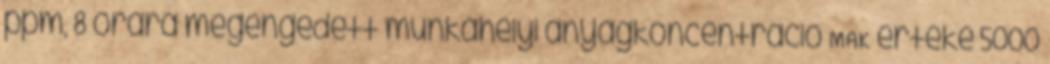
ppm, 8 órára megengedett munkahelyi anyagkoncentráció MAK értéke 5000